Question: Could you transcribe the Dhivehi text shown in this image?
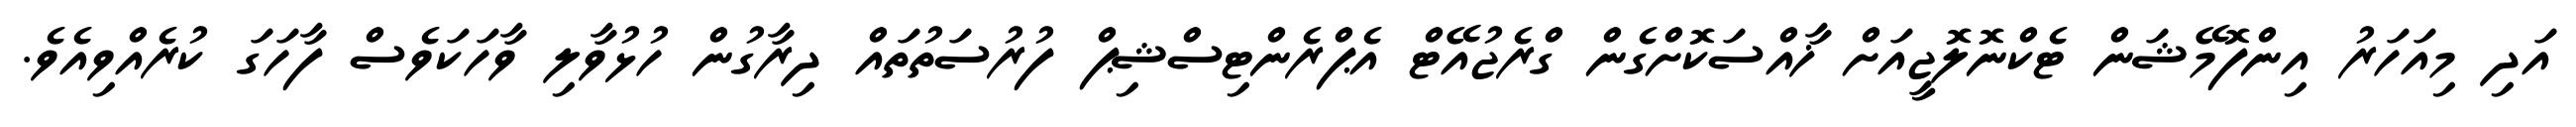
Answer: އަދި މިއަހަރު އިންފޮމޭޝަން ޓެކްނޮލޮޖީއަށް ޚާއްސަކޮށްގެން ގްރެޖުއޭޓް އެޕްރެންޓިސްޝިޕް ފުރުސަތުތައް ދިރާގުން ހުޅުވާލި ވާހަކަވެސް ފާހަގަ ކުރެއްވިއެވެ.